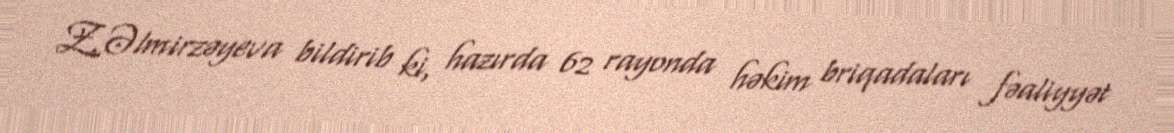
Z.Əlmirzəyeva bildirib ki, hazırda 62 rayonda həkim briqadaları fəaliyyət